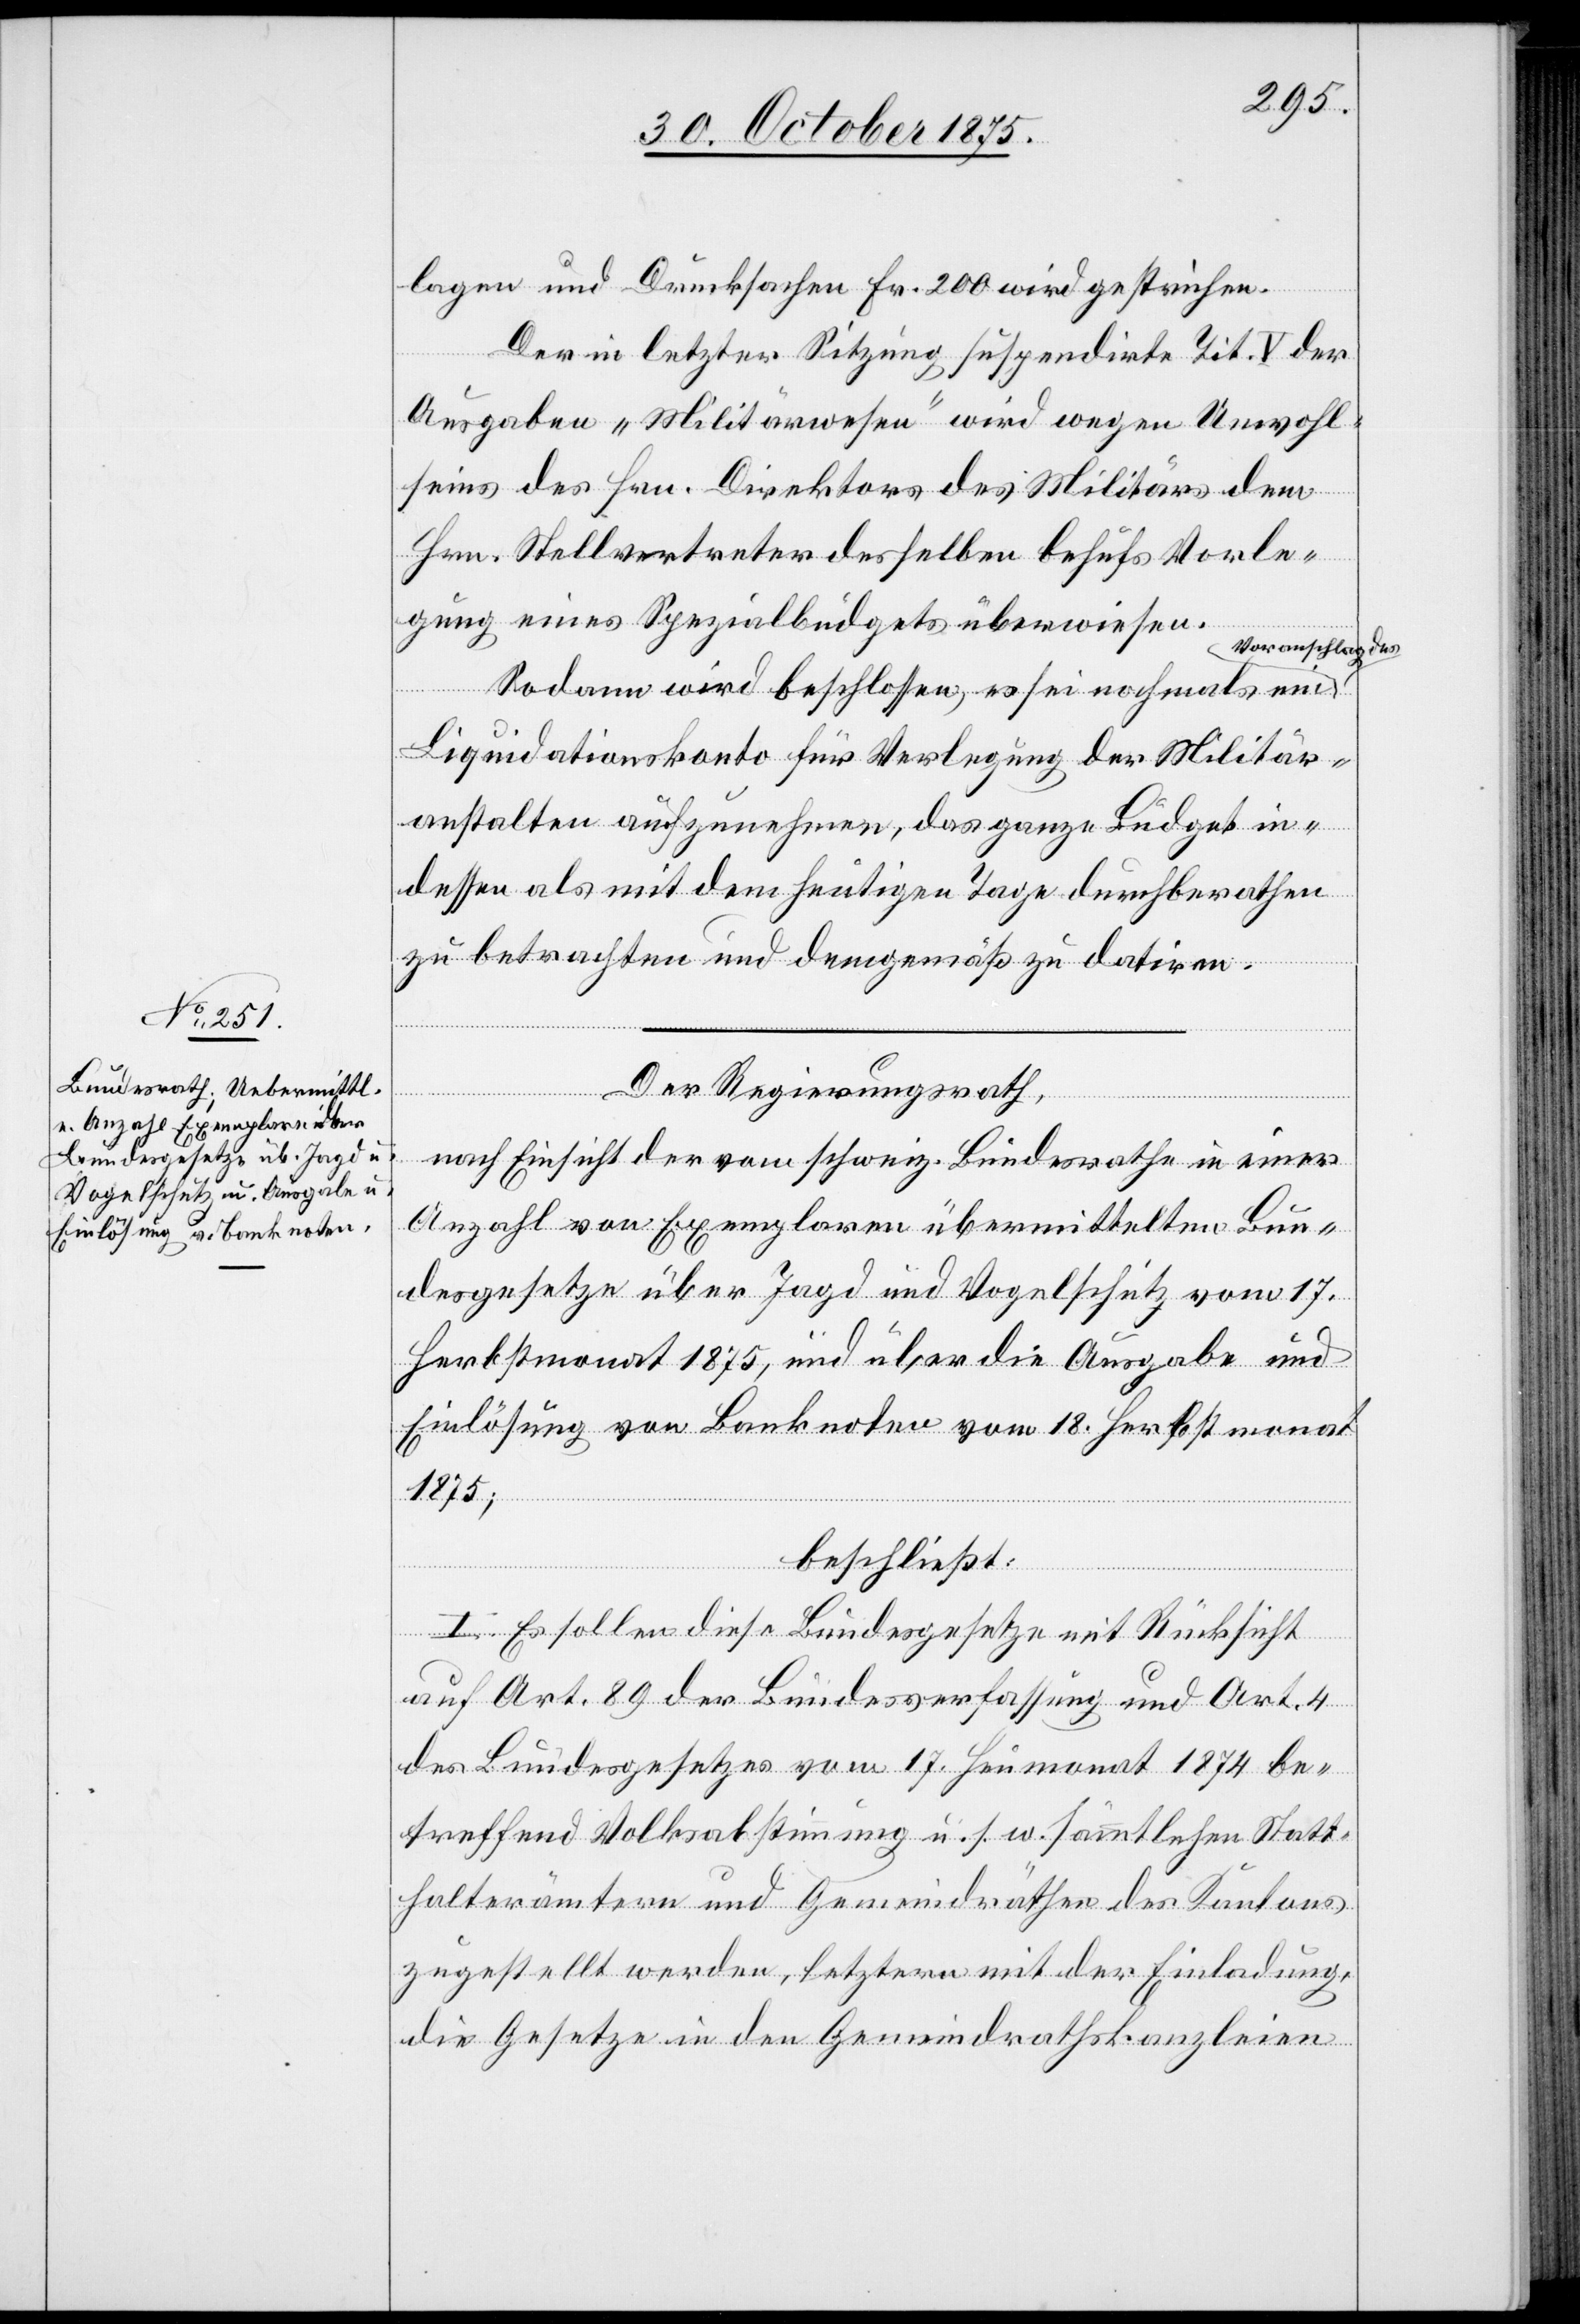
lagen und Drucksachen Fr. 200 wird gestrichen.
Der in letzter Sitzung suspendirte Tit. V. der
Ausgaben „Militärwesen“ wird wegen Unwohl¬
seins des Hrn. Direktors des Militärs dem
Hrn. Stellvertreter desselben behufs Vorle¬
gung eines Spezialbüdgets überwiesen.
Voranschlag des
Sodann wird beschlossen, es sei nochmals ein
Liquidationskonto für Verlegung der Militär¬
anstalten aufzunehmen, das ganze Büdget in¬
dessen als mit dem heutigen Tage durchberathen
zu betrachten und demgemäß zu datiren.
Der Regierungsrath,
nach Einsicht der vom schweiz. Bundesrathe in einer
Anzahl von Exemplaren übermittelten Bun¬
desgesetze über Jagd und Vogelschutz vom 17.
Herbstmonat 1875, und über die Ausgabe und
Einlösung von Banknoten vom 18. Herbstmonat
1875;
beschließt:
I. Es sollen diese Bundesgesetze mit Rücksicht
auf Art. 89 der Bundesverfassung und Art. 4
des Bundesgesetzes vom 17. Heumonat 1874 be¬
treffend Volksabstimmung u. s. w. sämmtlichen Statt¬
halterämtern und Gemeindräthen des Kantons
zugestellt werden, letztern mit der Einladung,
die Gesetze in den Gemeindrathskanzleien